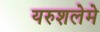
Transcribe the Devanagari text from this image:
यरुशलेमे